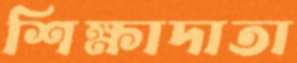
শিক্ষাদাতা